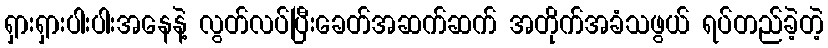
ရှားရှားပါးပါးအနေနဲ့ လွတ်လပ်ပြီးခေတ်အဆက်ဆက် အတိုက်အခံသဖွယ် ရပ်တည်ခဲ့တဲ့